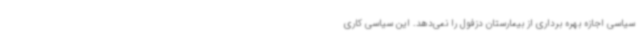
سیاسی اجازه بهره برداری از بیمارستان دزفول را نمی‌دهد. این سیاسی کاری